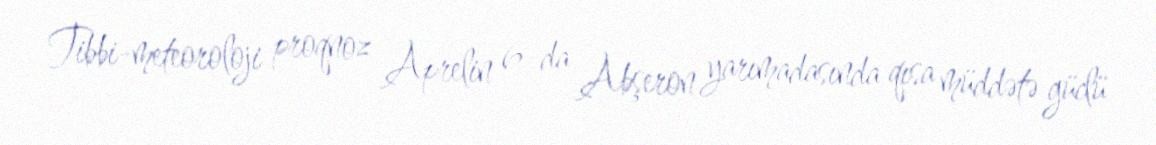
Tibbi-meteoroloji proqnoz Aprelin 6-da Abşeron yarımadasında qısa müddətə güclü